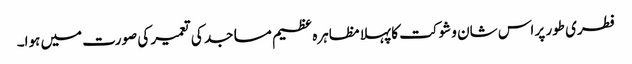
فطری طور پر اس شان و شوکت کا پہلا مظاہرہ عظیم مساجد کی تعمیر کی صورت میں ہوا۔